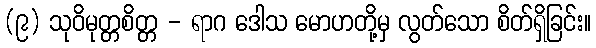
(၉) သုဝိမုတ္တစိတ္တ - ရာဂ ဒေါသ မောဟတို့မှ လွတ်သော စိတ်ရှိခြင်း။